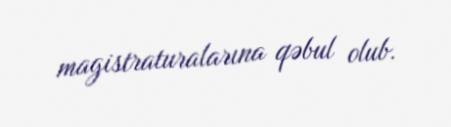
magistraturalarına qəbul olub.